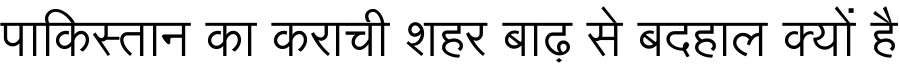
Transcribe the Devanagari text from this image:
पाकिस्तान का कराची शहर बाढ़ से बदहाल क्यों है